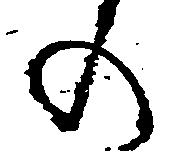
の